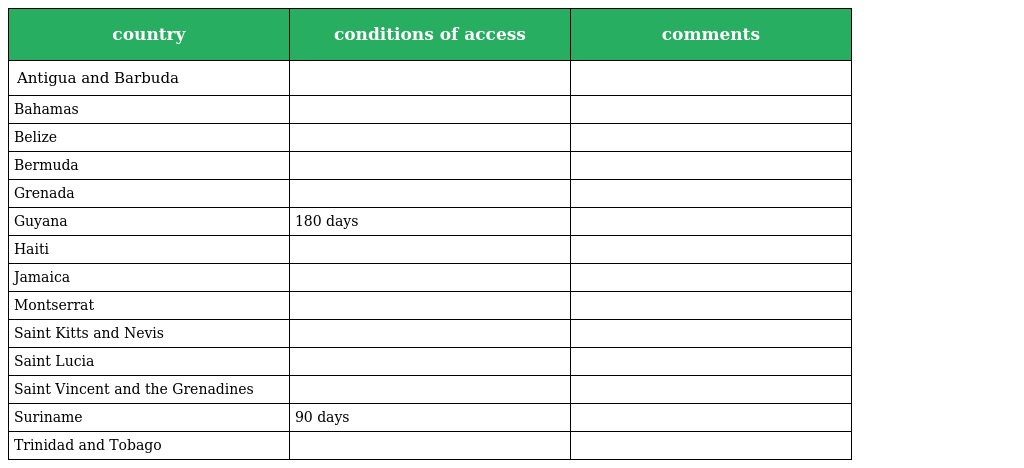
| country | conditions of access | comments |
 | --- | --- | --- |
 | Antigua and Barbuda |  |  |
 | Bahamas |  |  |
 | Belize |  |  |
 | Bermuda |  |  |
 | Grenada |  |  |
 | Guyana | 180 days |  |
 | Haiti |  |  |
 | Jamaica |  |  |
 | Montserrat |  |  |
 | Saint Kitts and Nevis |  |  |
 | Saint Lucia |  |  |
 | Saint Vincent and the Grenadines |  |  |
 | Suriname | 90 days |  |
 | Trinidad and Tobago |  |  |